Statistical return of the lunatic asylum in Assam - 1912-1932
Year: 1912
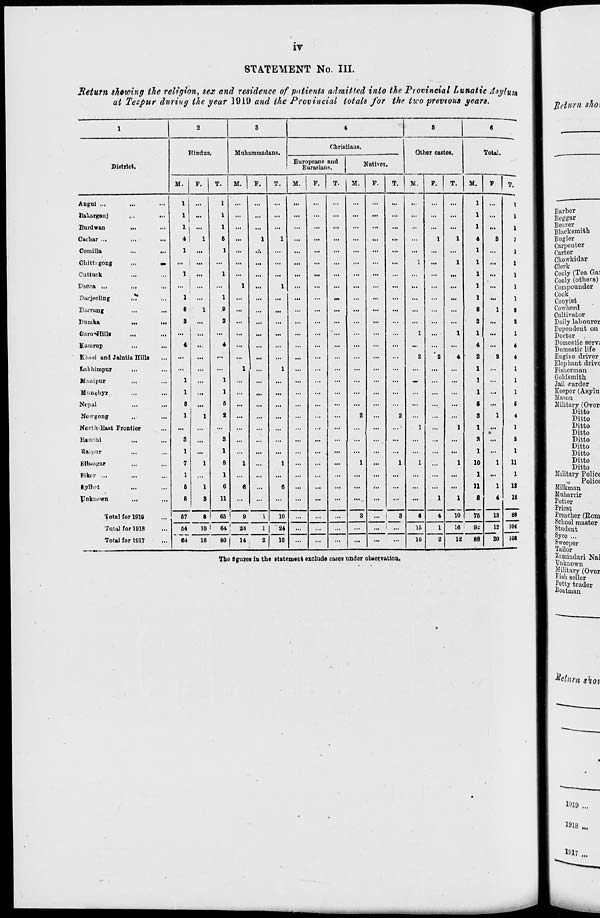
IV
STATEMENT No. III.
Return showing the religion, sex and residence of patients admitted into the Provincial Lunatic Asylum
at Tezpur during the year 1919 and the Provincial totals for the two previous years.
1
2
3
4
5
6
Htndut .
Muhammadans.
Christians.
Other castes.
Total.
District.
Europeans and
Eurasians.
Natives.
M.
F.
T.
M.
F.
T.
M.
F.
T. |H.
F
T.
M.
■
F.
T.
M.
'•|
Angnl ...
...
1
...
1
...
...
...
...
...
...
...
..
...
...
...
ttakarganj
...
...
1
...
1
...
...
...
...
...
...
...
...
...
...
...
...
Burdwan
...
1
...
1
...
...
...
...
...
...
...
• •
...
...
...
...
Caehar .,.
4
1
6
...
1
1
...
...
...
...
..
...
1
1
3
Comilla
...
...
1
...
1
...
..-.
...
...
...
...
...
• ■
...
...
...
Chitt-gong
...
M
... 1 ...
...
...
...
...
...
...
...
...
••
1
...
1
...
Cuttuck
1
...
1
...
...
...
...
...
...
...
••
...
...
...
...
Dacca .,,
.,,
...
...
1
...
1
...
...
...
...
..
...
...
...
• >.
D&i-jeeling
,.?
1
...
1
...
...
...
...
...
...
...
••
...
...
...
...
Darning
...
...
8
1
.9
...
...
...
...
...
...
...
••
...
...
...
1
Dumka
...
...
a ...
2
...
...
...
...
...
...
...
»
...
...
...
...
Garo«Hills
...
...
...
...
...
...
...
...
...
...
••
1
...
1
...
b urup
4
4
...
...
...
...
...
...
...
••
...
...
...
T
i and Jaintia Hilla
...
...
...
...
...
...
...
...
...
...
••
2
•
2
4
2
fj '.liimpur
...
...
...
1
...
1
...
...
...
...
••
...
...
...
...
Hanipur
1
...
1
...
...
...
...
...
...
...
•■
—
...
...
...
Muniihyr
1
1
...
...
...
...
...
...
...
••
...
...
...
...
N«>pal
8
...
6
...
...
...
...
...
...
...
••
...
...
...
—
Ncwgong
1
1
2
...
...
...
...
...
...
2
• ■
2
...
...
...
1
North-East Frontier
...
...
...
...
...
...
...
...
...
...
..
1
...
1
...
Ranohi
3
...
3
...
...
...
...
...
...
...
••
...
...
...
...
ttaiuur
...
1
...
1
...
...
...
...
...
...
...
••
...
...
...
...
Blbaujrar
7
1
8
1
...
1
...
...
...
1
..
1
1
...
1
10
1
FikiT ...
1
...
1
...
...
...
...
...
...
...
••
...
...
...
Bylhct
6
1
6
6
...
6
...
...
...
...
•' •
...
...
...
11
1
ynknovrn
,„
8
9
11
...
...
...
...
...
...
3
••
...
1
4
1
"~10
8
"~~75~
4
13
'iotal for 1919
67
8
65 ■
9
I
10
...
...
...
•• • !
s
6
Tqtal for 1918
64
64
10 1 64 ' M
1
24
16
...
...
...
15
1
16
Q-J
12
Total for 1017
16
80
14
2
...
...
...
...
,
10
2
12
88
20
T.
12
"ST
108
Tbo figures in the statement exclude cases under obseiY&tioa.